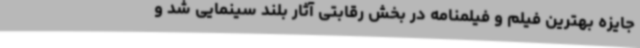
جایزه بهترین فیلم و فیلمنامه در بخش رقابتی آثار بلند سینمایی شد و